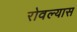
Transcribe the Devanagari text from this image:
रोवल्यास